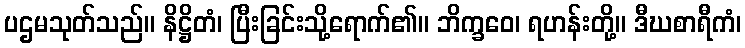
ပဌမသုတ်သည်။ နိဋ္ဌိတံ၊ ပြီးခြင်းသို့ရောက်၏။ ဘိက္ခဝေ၊ ရဟန်းတို့။ ဒီဃစာရီကံ၊